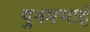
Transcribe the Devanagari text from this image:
पुनमभाई